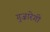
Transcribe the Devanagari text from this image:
गुज़ारेगी